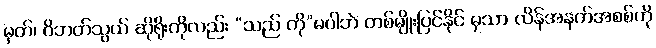
မှတ်၊ ဝိဘတ်သွယ် ဆိုရိုးကိုလည်း “သည် ကို”မပါဘဲ တစ်မျိုးပြင်နိုင် မှသာ လိန်အနက်အစစ်ကို